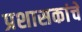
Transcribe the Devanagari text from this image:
प्रशासकांचे